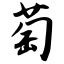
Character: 萄